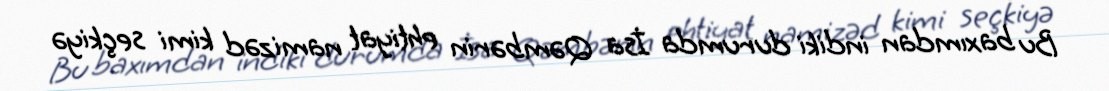
Bu baxımdan indiki durumda İsa Qəmbərin ehtiyat namizəd kimi seçkiyə